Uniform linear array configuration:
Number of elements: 64
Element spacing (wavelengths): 0.75
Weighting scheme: hann
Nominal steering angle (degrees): -60
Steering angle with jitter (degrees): -58.609
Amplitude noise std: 0.05
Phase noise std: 0.05

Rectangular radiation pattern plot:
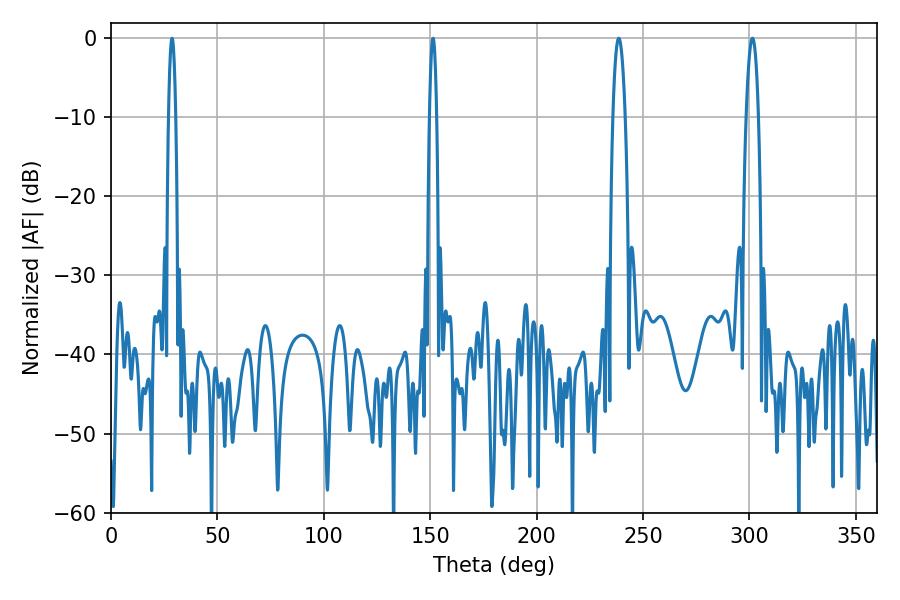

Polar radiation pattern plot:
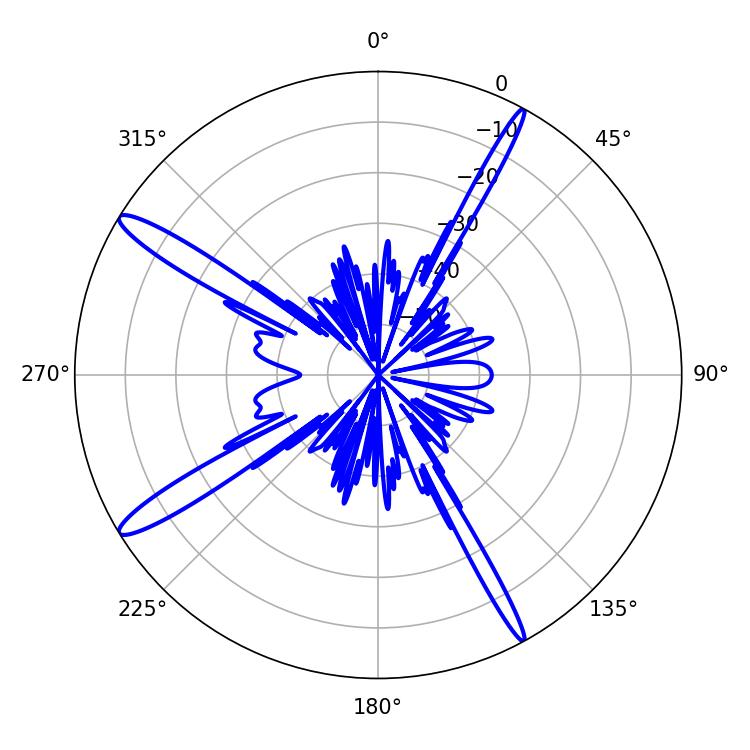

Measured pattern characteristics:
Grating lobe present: TRUE
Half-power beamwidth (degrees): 3.06
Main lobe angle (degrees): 238.5